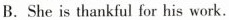
B.She is thankful for his work.